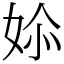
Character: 㛋